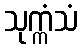
သုက္ကံသံ